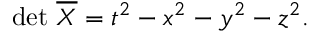
\operatorname* { d e t } \, { \overline { { X } } } = t ^ { 2 } - x ^ { 2 } - y ^ { 2 } - z ^ { 2 } .